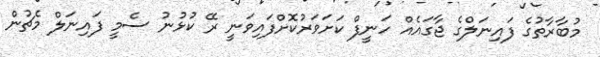
މުބާރާތުގެ ފައިނަލްގެ ޖާގައެއް ހަނީފް ކަށަވަރުކޮށްފައިވަނީ ރޭ ކުޅުނު ސެމީ ފައިނަލް މެޗުން